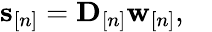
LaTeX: \begin{array}{r}{{\mathbf s}_{[n]}={\mathbf{D}}_{[n]}\mathbf w_{[n]},\quad}\end{array}